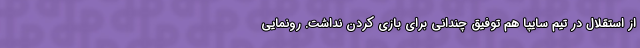
از استقلال در تیم سایپا هم توفیق چندانی برای بازی کردن نداشت. رونمایی